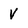
Character: V